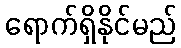
ရောက်ရှိနိုင်မည်